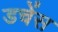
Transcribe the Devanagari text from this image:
डचेंस